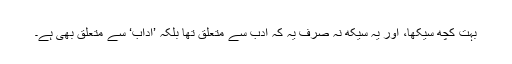
بہت کچھ سیکھا، اور یہ سیکھ نہ صرف یہ کہ ادب سے متعلق تھا بلکہ ’آداب‘ سے متعلق بھی ہے۔